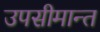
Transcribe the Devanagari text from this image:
उपसीमान्त